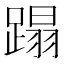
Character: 蹋